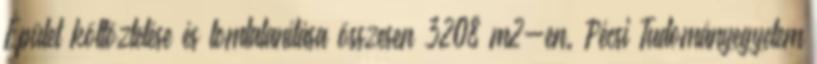
Épület költöztetése és lomtalanítása összesen 3208 m2-en. Pécsi Tudományegyetem